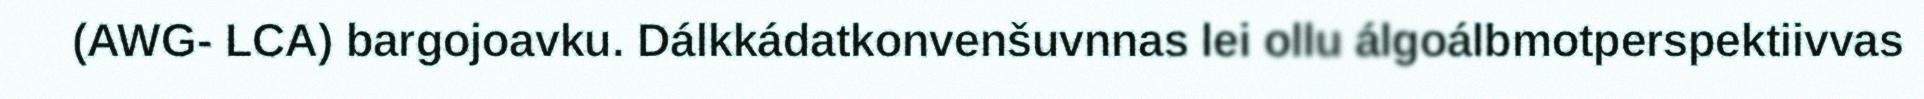
(AWG- LCA) bargojoavku. Dálkkádatkonvenšuvnnas lei ollu álgoálbmotperspektiivvas